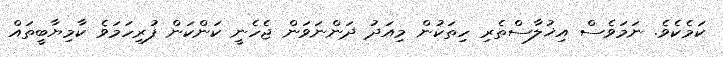
ކަމެކެވެ. ނަމަވެސް އިޚުލާސްތެރި ހިތަކުން މިއަދު ދަންނަވަން ޖެހެނީ ކަންކަން ފުރިހަމަވެ ކާމިޔާބީތައް